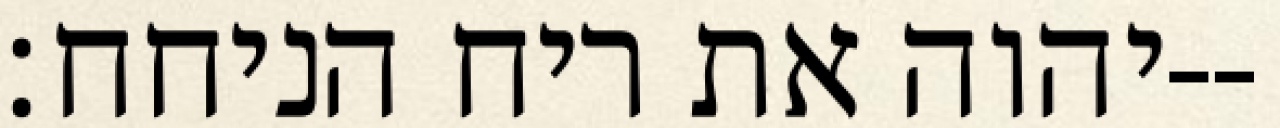
יהוה את ריח הניחח׃--